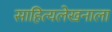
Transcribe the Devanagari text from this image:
साहित्यलेखनाला